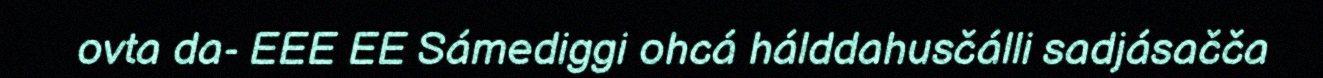
ovta da- EEE EE Sámediggi ohcá hálddahusčálli sadjásačča